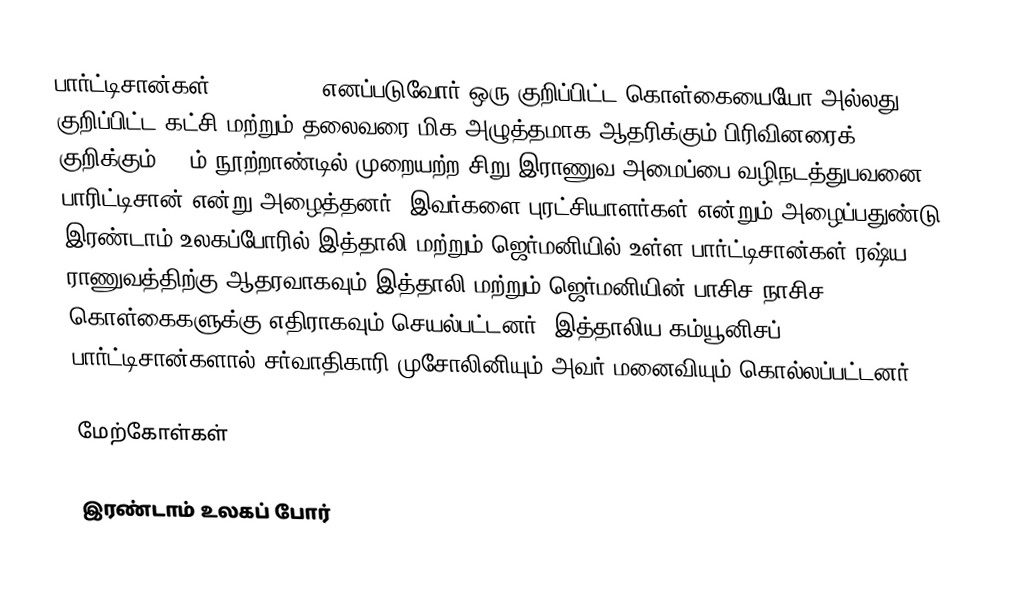
பார்ட்டிசான்கள் (Partisans) எனப்படுவோர் ஒரு குறிப்பிட்ட கொள்கையையோ அல்லது குறிப்பிட்ட கட்சி மற்றும் தலைவரை மிக அழுத்தமாக ஆதரிக்கும் பிரிவினரைக் குறிக்கும். 12ம் நூற்றாண்டில் முறையற்ற சிறு இராணுவ அமைப்பை வழிநடத்துபவனை பாரிட்டிசான் என்று அழைத்தனர். இவர்களை புரட்சியாளர்கள் என்றும் அழைப்பதுண்டு. இரண்டாம் உலகப்போரில் இத்தாலி மற்றும் ஜெர்மனியில் உள்ள பார்ட்டிசான்கள் ரஷ்ய ராணுவத்திற்கு ஆதரவாகவும் இத்தாலி மற்றும் ஜெர்மனியின் பாசிச-நாசிச கொள்கைகளுக்கு எதிராகவும் செயல்பட்டனர். இத்தாலிய கம்யூனிசப் பார்ட்டிசான்களால் சர்வாதிகாரி முசோலினியும் அவர் மனைவியும் கொல்லப்பட்டனர்.

மேற்கோள்கள்

இரண்டாம் உலகப் போர்